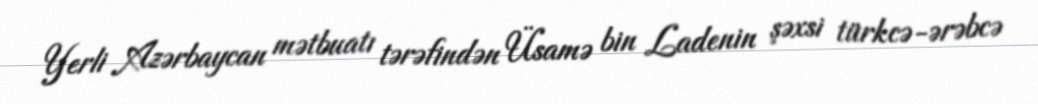
Yerli Azərbaycan mətbuatı tərəfindən Üsamə bin Ladenin şəxsi türkcə-ərəbcə